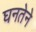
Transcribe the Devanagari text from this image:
घनतेने